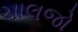
ચાલજો